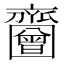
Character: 𪗐